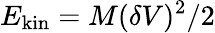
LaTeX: E_{\mathrm{kin}}=M(\delta V)^{2}/2